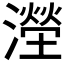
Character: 𣿩